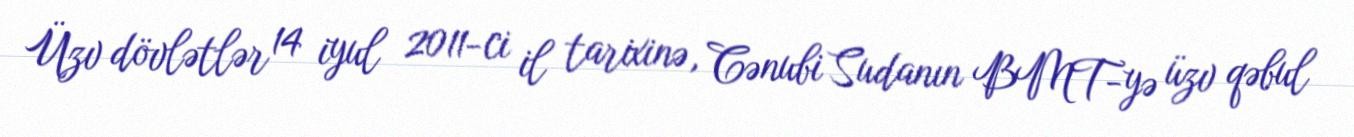
Üzv dövlətlər 14 iyul 2011-ci il tarixinə, Cənubi Sudanın BMT-yə üzv qəbul